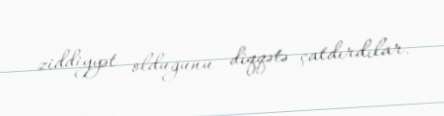
ziddiyyət olduğunu diqqətə çatdırdılar.